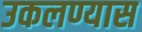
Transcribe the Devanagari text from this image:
उकलण्यास